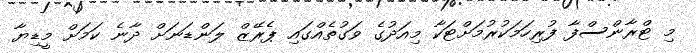
މި ޓްރާންސްފާ ފުރިހަމަކުރުމަށްޓަކާ މިއަދުގެ ވަގުތެއްގައި ޕެރޭޒް ލަންޑަނަށް ދާނެ ކަމަށް މީޑިޔާ